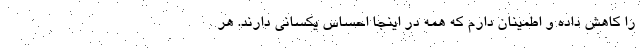
را کاهش داده و اطمینان دارم که همه در اینجا احساس یکسانی دارند. هر